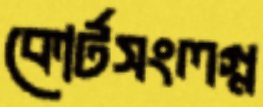
কোর্টসংলগ্ন